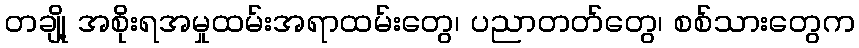
တချို့ အစိုးရအမှုထမ်းအရာထမ်းတွေ၊ ပညာတတ်တွေ၊ စစ်သားတွေက